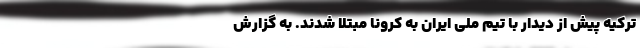
ترکیه پیش از دیدار با تیم ملی ایران به کرونا مبتلا شدند. به گزارش